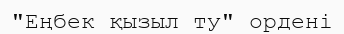
"Еңбек қызыл ту" ордені